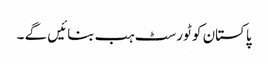
پاکستان کو ٹورسٹ ہب بنائیں گے ۔